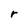
Character: r